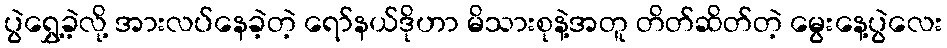
ပွဲရွှေ့ခဲ့လို့ အားလပ်နေခဲ့တဲ့ ရော်နယ်ဒိုဟာ မိသားစုနဲ့အတူ တိတ်ဆိတ်တဲ့ မွေးနေ့ပွဲလေး